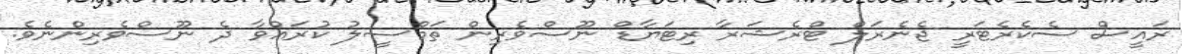
ރައީސް ސެކެރެޓަރީ ޖެނެރަލް ޓްރެޝަރާ ރިޓަޔާޑް ނޫސްވެރިން ތަމްސީލު ކުރައްވާ ދެ ނޫސްވެރިންނެވެ.